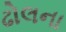
ઢોલના